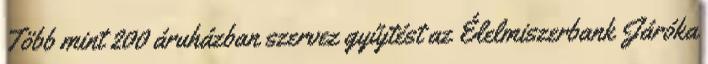
Több mint 200 áruházban szervez gyűjtést az Élelmiszerbank Járóka